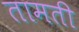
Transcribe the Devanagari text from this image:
तामती